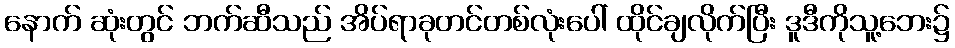
နောက် ဆုံးတွင် ဘက်ဆီသည် အိပ်ရာခုတင်တစ်လုံးပေါ် ထိုင်ချလိုက်ပြီး ဒူဒီကိုသူ့ဘေး၌